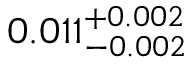
0 . 0 1 1 _ { - 0 . 0 0 2 } ^ { + 0 . 0 0 2 }